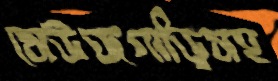
সেউজগাড়িসহ